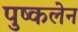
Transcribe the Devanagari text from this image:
पुष्कलेन